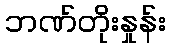
ဘဏ်တိုးနှုန်း